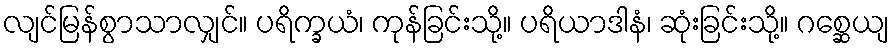
လျင်မြန်စွာသာလျှင်။ ပရိက္ခယံ၊ ကုန်ခြင်းသို့။ ပရိယာဒါနံ၊ ဆုံးခြင်းသို့။ ဂစ္ဆေယျ